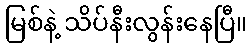
မြစ်နဲ့ သိပ်နီးလွန်းနေပြီ။